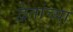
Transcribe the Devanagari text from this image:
द्वैतांच्या